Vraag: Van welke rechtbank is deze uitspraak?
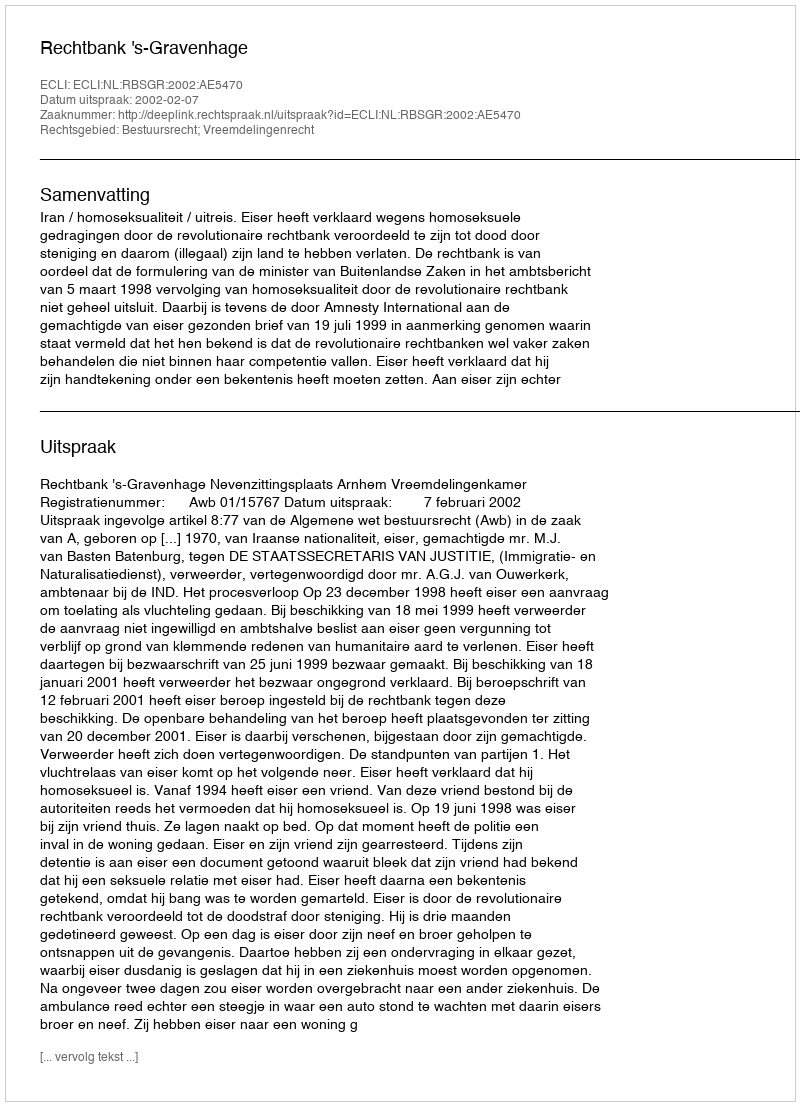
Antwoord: Rechtbank 's-Gravenhage